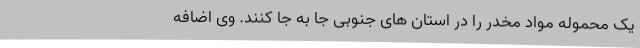
یک محموله مواد مخدر را در استان های جنوبی جا به جا کنند. وی اضافه